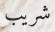
شريب